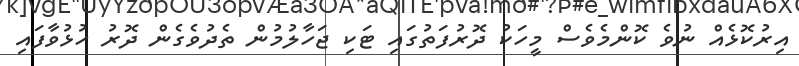
އިރުކޮޅެއް ނުވެ ކޮންމެވެސް މީހަކު ދޮރުފަތުގައި ޓަކި ޖަހާލުމުން ތެދުވެގެން ދޮރު ހުޅުވާފައި